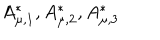
LaTeX: A _ { \mu , 1 } ^ { * } , A _ { \mu , 2 } ^ { * } , A _ { \mu , 3 } ^ { * }